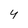
Character: 4